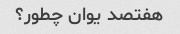
هفتصد یوان چطور؟